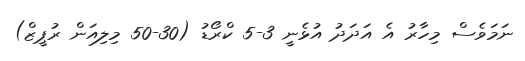
ނަމަވެސް މިހާރު އެ އަދަދު އުޅެނީ 3-5 ކްރޯޑު (30-50 މިލިއަން ރުޕީޒް)